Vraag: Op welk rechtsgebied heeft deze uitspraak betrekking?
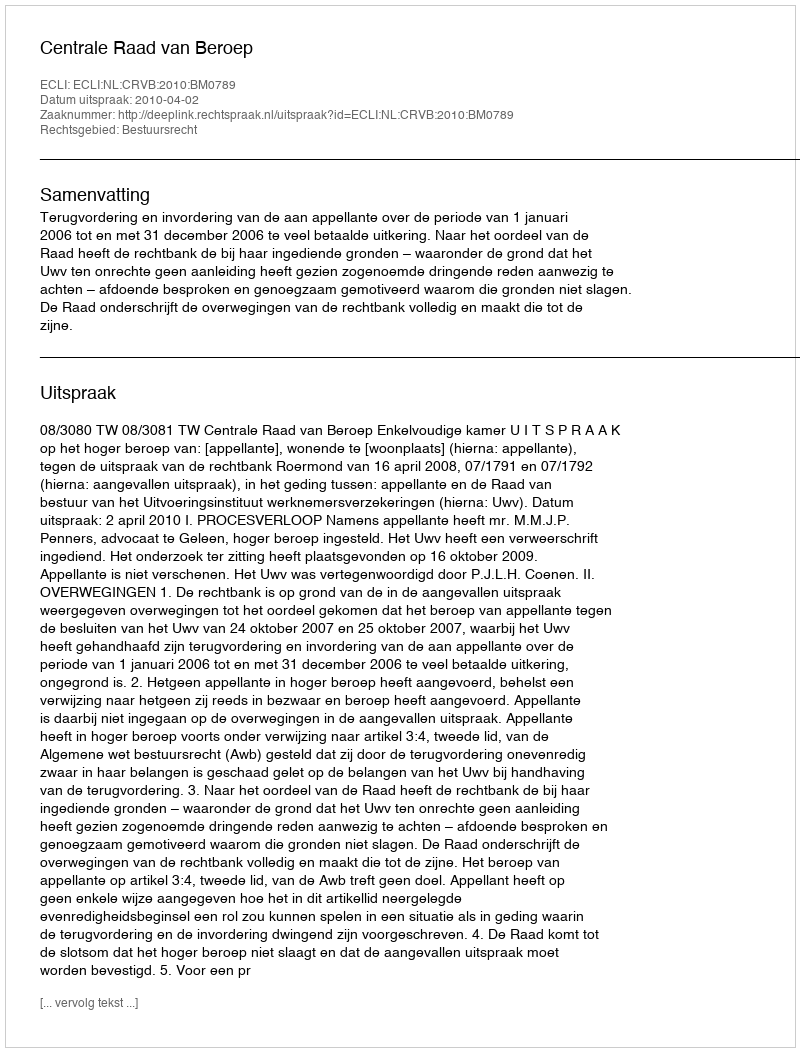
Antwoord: Bestuursrecht